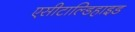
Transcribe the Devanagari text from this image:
एसीटाल्डिहाइड